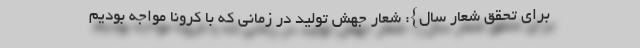
برای تحقق شعار سال}: شعار جهش تولید در زمانی که با کرونا مواجه بودیم